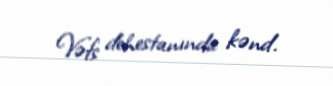
Vəfs dehestanında kənd.